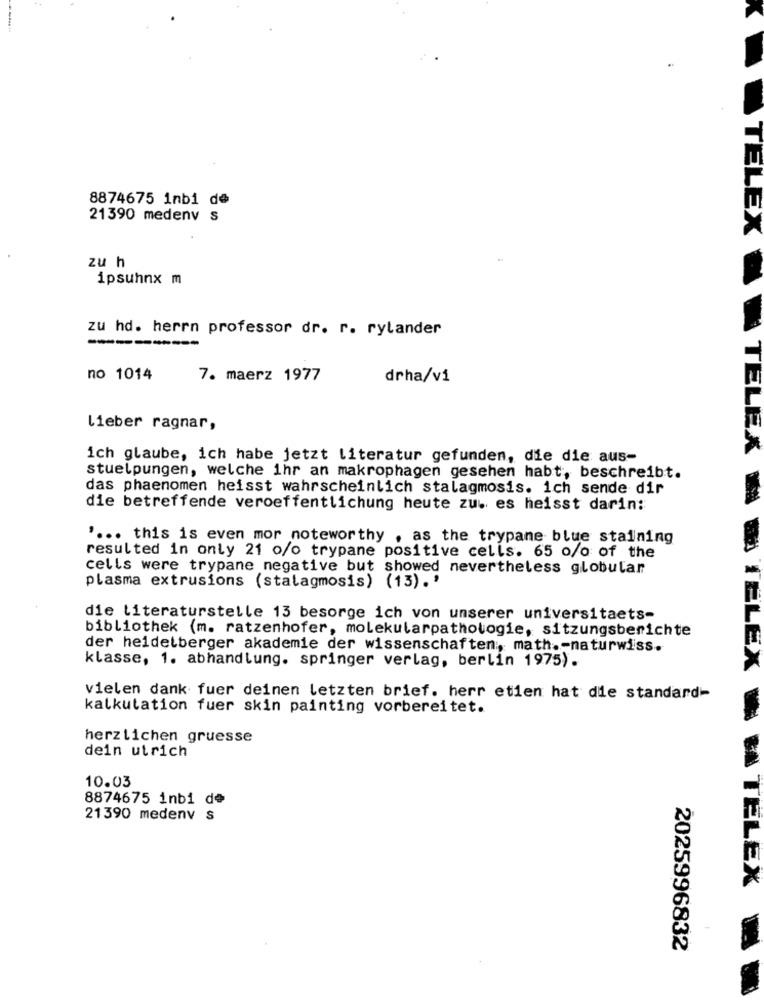
8874675 inbi de
21390 medenv s
TELEX
zu h
ipsuhnx m
zu hd. herrn professor dr. r. rylander
----------
no 1014
7. maerz 1977
drha/vi
lieber ragnar,
B & TELEX
ich glaube, ich habe jetzt literatur gefunden, die die aus-
stuelpungen, welche ihr an makrophagen gesehen habt, beschreibt.
das phaenomen heisst wahrscheinlich stalagmosis. ich sende dir
die betreffende veroeffentlichung heute zuw es heisst darin:
' ... this is even mor noteworthy , as the trypane blue staining
resulted in only 21 o/o trypane positive cells. 65 o/o of the
cells were trypane negative but showed nevertheless globular
plasma extrusions (stalagmosis) (13).'
die literaturstelle 13 besorge ich von unserer universitaets-
bibliothek (m. ratzenhofer, molekularpathologie, sitzungsberichte
der heidelberger akademie der wissenschaften, math .- naturwiss.
klasse, 1. abhandlung. springer verlag, berlin 1975).
TELEX
vielen dank fuer deinen letzten brief. herr etien hat die standard-
kalkulation fuer skin painting vorbereitet.
herzlichen gruesse
dein utrich
10.03
8874675 inbi de
21390 medenv s
BA TÉLEX
2025996832